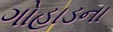
ગોહાડના